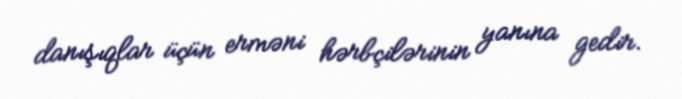
danışıqlar üçün erməni hərbçilərinin yanına gedir.